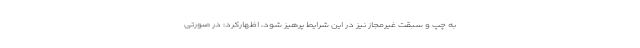
به چپ و سبقت غیرمجاز نیز در این شرایط پرهیز شود، اظهارکرد:‌ در صورتی